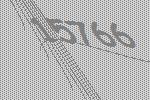
15766